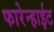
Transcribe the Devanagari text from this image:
फारेन्हाईट